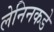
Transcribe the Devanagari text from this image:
लेनिनकडे